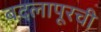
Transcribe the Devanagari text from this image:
बदलापूरची